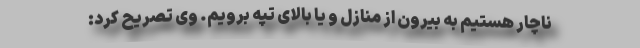
ناچار هستیم به بیرون از منازل و یا بالای تپه برویم. وی تصریح کرد: